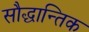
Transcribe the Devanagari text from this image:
सौद्धान्तिक